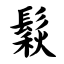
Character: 鬏